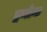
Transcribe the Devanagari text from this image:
ड्रमोन्ड